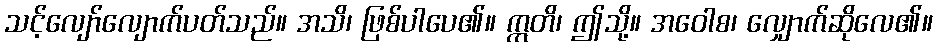
သင့်လျော်လျောက်ပတ်သည်။ အသိ၊ ဖြစ်ပါပေ၏။ ဣတိ၊ ဤသို့။ အဝေါစ၊ လျှောက်ဆိုလေ၏။